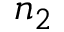
n _ { 2 }